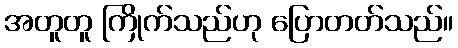
အတူတူ ကြိုက်သည်ဟု ပြောတတ်သည်။